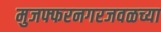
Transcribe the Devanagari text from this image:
मुजफ्फरनगरजवळच्या